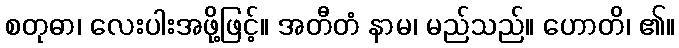
စတုဓာ၊ လေးပါးအဖို့ဖြင့်။ အတီတံ နာမ၊ မည်သည်။ ဟောတိ၊ ၏။